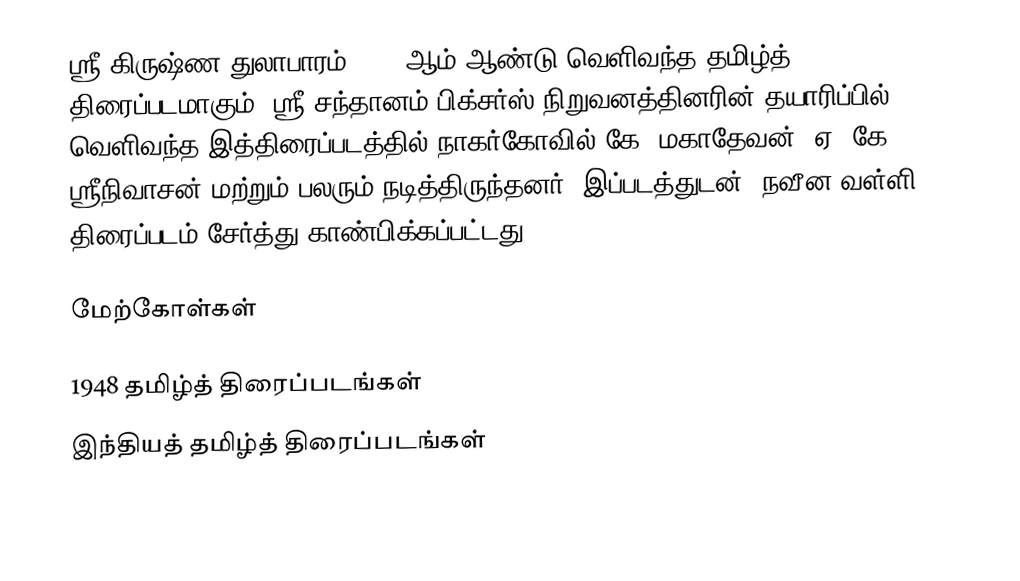
ஸ்ரீ கிருஷ்ண துலாபாரம் 1948 ஆம் ஆண்டு வெளிவந்த தமிழ்த் திரைப்படமாகும். ஸ்ரீ சந்தானம் பிக்சர்ஸ் நிறுவனத்தினரின் தயாரிப்பில் வெளிவந்த இத்திரைப்படத்தில் நாகர்கோவில் கே. மகாதேவன், ஏ. கே. ஸ்ரீநிவாசன் மற்றும் பலரும் நடித்திருந்தனர். இப்படத்துடன் "நவீன வள்ளி" திரைப்படம் சேர்த்து காண்பிக்கப்பட்டது.

மேற்கோள்கள்

1948 தமிழ்த் திரைப்படங்கள்
இந்தியத் தமிழ்த் திரைப்படங்கள்